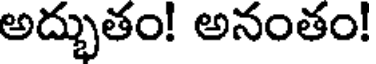
అద్భుతం! అనంతం!